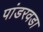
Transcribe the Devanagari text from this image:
पांडरवडा